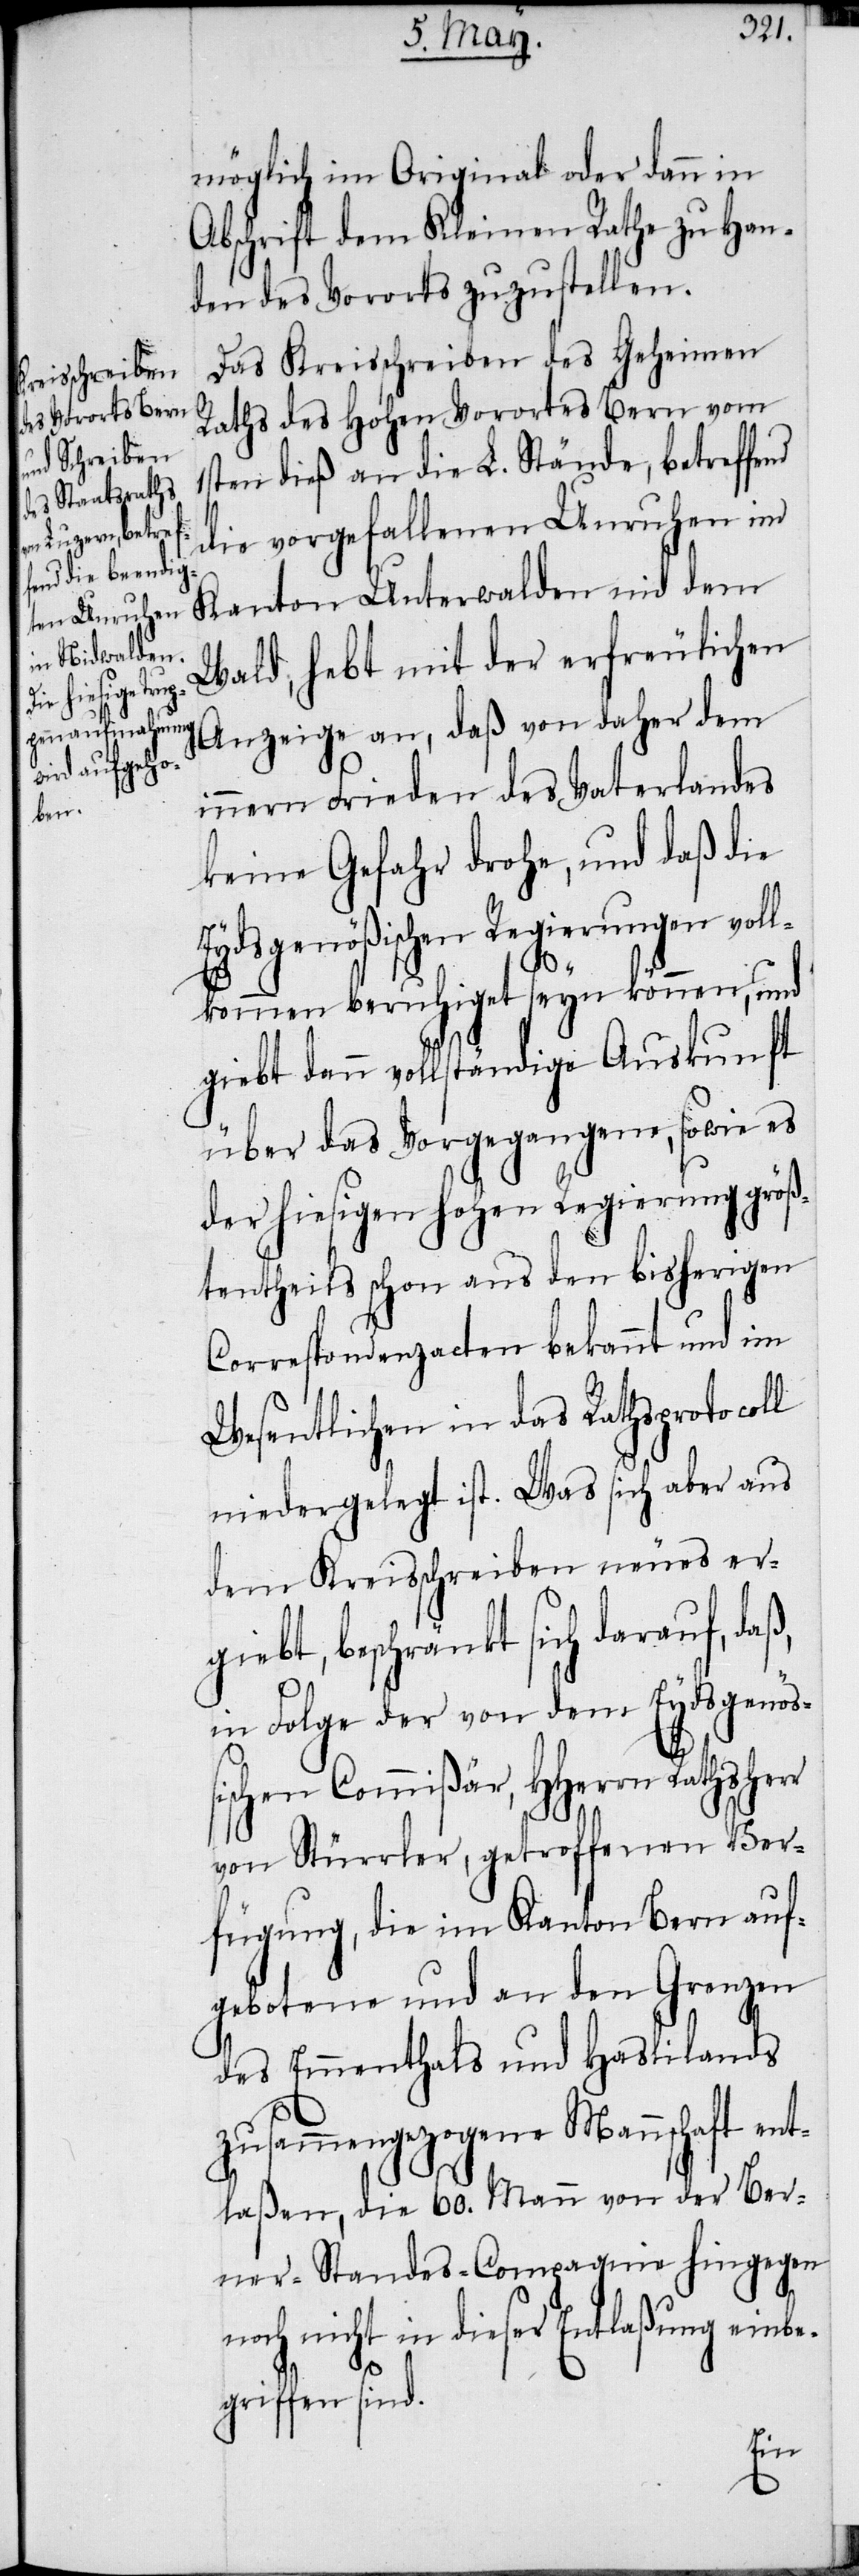
n¬

möglich im Original oder dann in
Abschrift dem Kleinen Rathe zu Han¬
den des Vororts zuzustellen.
Das Kreisschreiben des Geheimen
Raths des Hohen Vorortes Bern vom
1sten dieß an die L. Stände, betreffend
die vorgefallenen Unruhen im
Kanton Unterwalden nid dem
Wald, hebt mit der erfreulichen
Anzeige an, daß von daher dem
innern Frieden des Vaterlandes
keine Gefahr drohe, und daß die
Eydsgenößischen Regierungen voll¬
kommen beruhiget seyn können, und
giebt dann vollständige Auskunft
über das Vorgegangene, sowie es
der hiesigen hohen Regierung größ¬
tentheils schon aus den bisherigen
Correspondenzacten bekannt und im
Wesentlichen in das Rathsprotocoll
niedergelegt ist. Was sich aus
dem Kreisschreiben neues er¬
giebt, beschränkt sich darauf, daß,
in Folge der von dem Eydsgenöß¬
ischen Commißär, HHerrn Rathsherr
von Stürrler, getroffenen Ver¬
fügung, die im Kanton Bern auf¬
gebotene und an den Grenzen
des Emmenthals und Haslilands
zusammengezogene Mannschaft en¬
tlaßen, die 60. Mann von der Ber¬
ner-Standes-Compagnie hingegen
och nicht in dieser Entlaßung einb¬
egriffen sind.